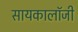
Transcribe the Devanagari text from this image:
सायकालॉजी